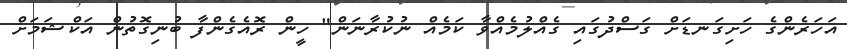
އަހަރެންގެ ހަށިގަނޑަށް ގަސްދުގައި ގެއްލުމެއްވާ ކަމެއް ނުކުރާނަން" ހީން ރޮއެގެންފާ ބުނިގޮތުން އަކްޝަމަށް